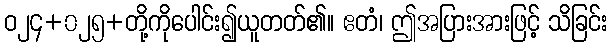
ဝ၂၄+၀၂၅+တို့ကိုပေါင်း၍ယူတတ်၏။ ဧတံ၊ ဤအပြားအားဖြင့် သိခြင်း